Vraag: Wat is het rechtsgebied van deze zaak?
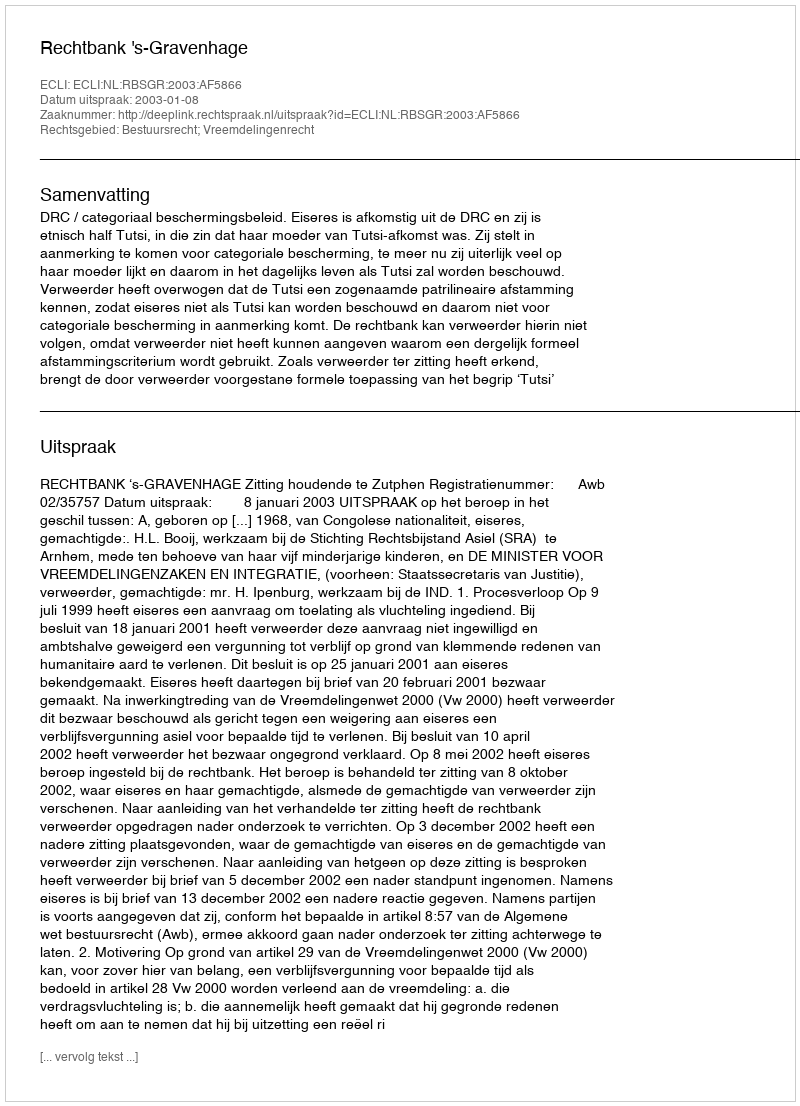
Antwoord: Bestuursrecht; Vreemdelingenrecht